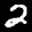
Label: 2